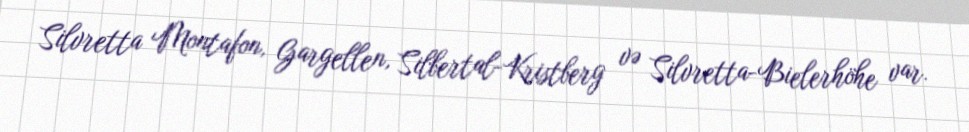
Silvretta Montafon, Gargellen, Silbertal-Kristberg və Silvretta-Bielerhöhe var.